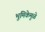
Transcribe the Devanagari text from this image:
भुमिकेमुळे